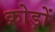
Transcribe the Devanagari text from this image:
क्रोड़ों